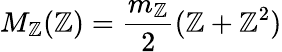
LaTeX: M_{\mathbb{Z}}(\mathbb{Z})=\frac{{m_{\mathbb{Z}}}}{{2}}(\mathbb{Z}+\mathbb{Z}^{2})